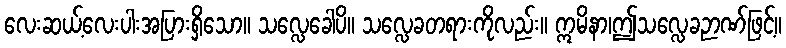
လေးဆယ့်လေးပါးအပြားရှိသော။ သလ္လေခေါပိ။ သလ္လေခတရားကိုလည်း။ ဣမိနာ၊ဤသလ္လေခဉာဏ်ဖြင့်။